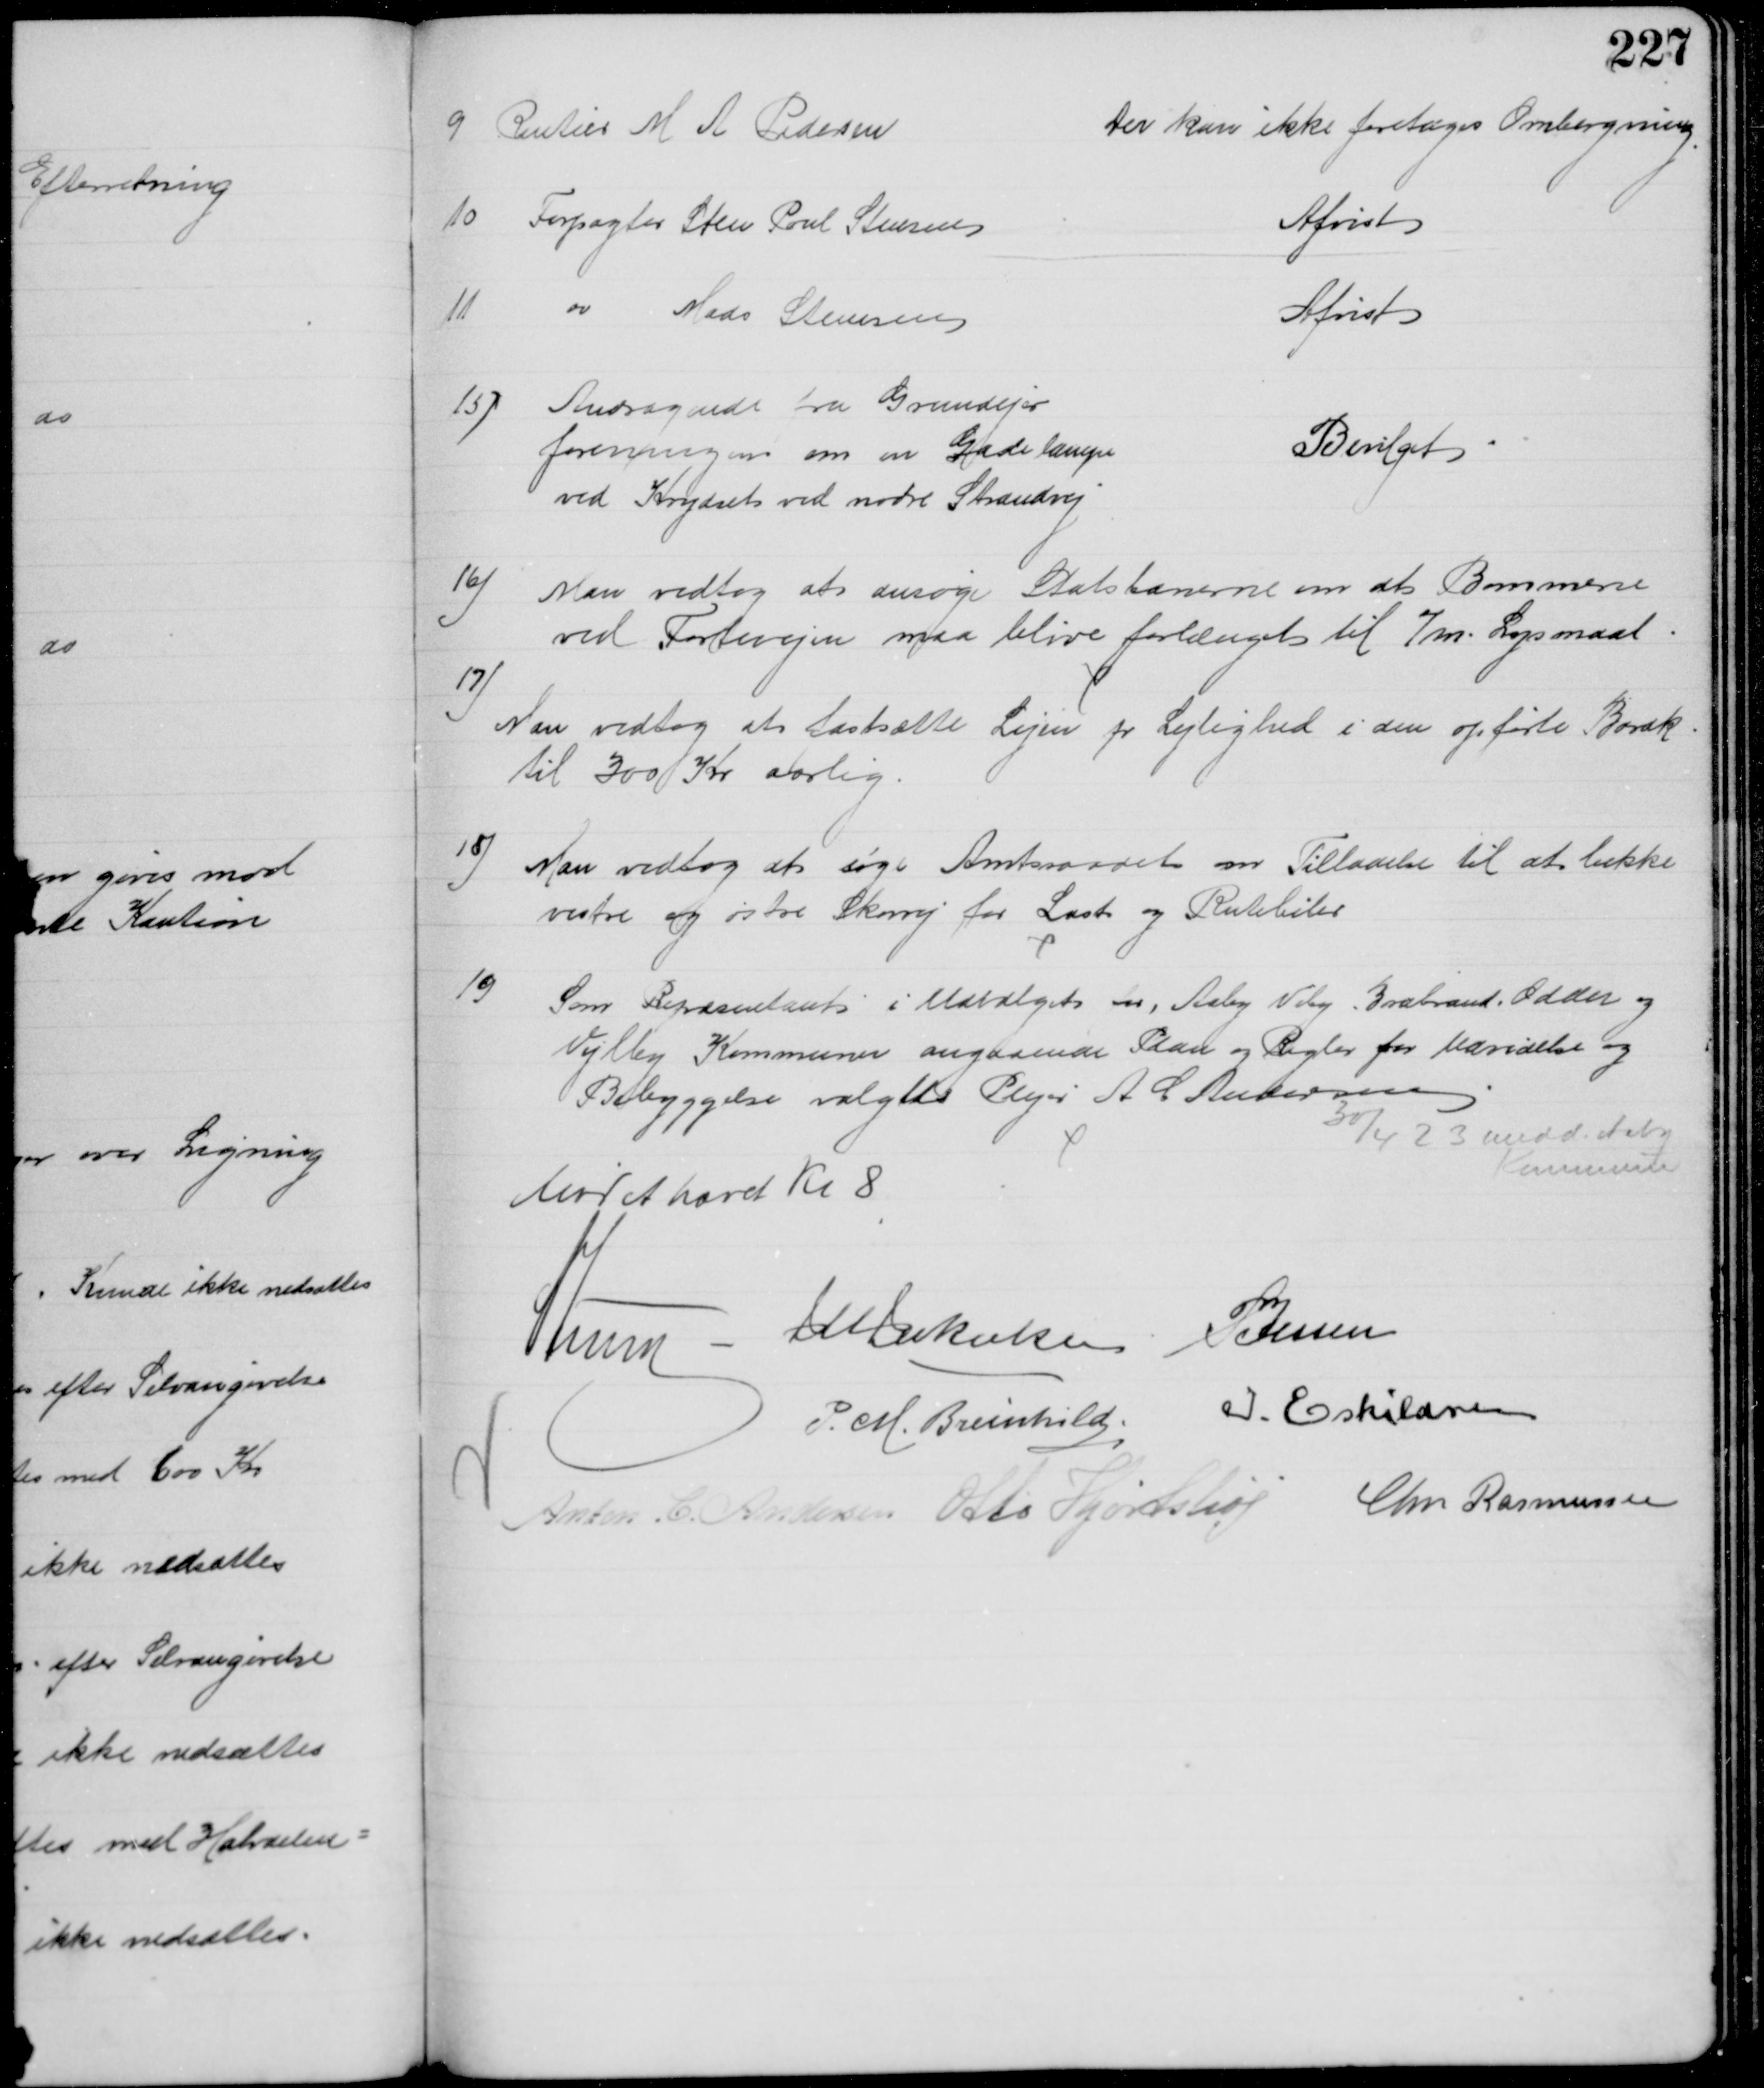
Transskription:
9. Rentier M A Pedersen
Der kan ikke foretages Ombergning
10
Forpagter Sten Poul Stensen
Afvist
11 
do 
Mads Steensen
Afvist
15) Andragende fra Grundejer
foreningen om en Gadelampe
ved Krydset ved nordre Strandvej 
Bevilget
16) Man vedtog at ansøge Statsbanerne om at Bommene
ved Fortevejen maa blive forlænget til 7 m. Lysmaal.
17)
Man vedtog at fastsætte Lejen pr Lejlighed i den opførte Barak
til 300 Kr aarlig.
18) Man vedtog at søge Amtsraadet om Tilladelse til at lukke
vestre og østre Skovvej for Last og Rutebiler
19)
Som Repræsentant i Udvalget for Aaby Viby, Brabrand, Odder og
Vejlby Kommuner angaaende Plan og Regler for Udvidelse og 
Bebyggelse valgtes Plejer A C Andersen
30/4 23 medd. Aaby
Kommune
Mødet hævet Kl 8
A Lund 
J M Jakobsen
P Jessen
P. M. Breinhild
I. Eskildsen
Anton C Andersen Otto Hjortshøj Chr Rasmussen